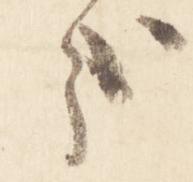
哉